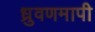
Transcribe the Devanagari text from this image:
ध्रुवणमापी